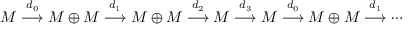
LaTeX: M \stackrel { d _ { 0 } } { \longrightarrow } M \oplus M \stackrel { d _ { 1 } } { \longrightarrow } M \oplus M \stackrel { d _ { 2 } } { \longrightarrow } M \stackrel { d _ { 3 } } { \longrightarrow } M \stackrel { d _ { 0 } } { \longrightarrow } M \oplus M \stackrel { d _ { 1 } } { \longrightarrow } \cdots